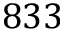
8 3 3